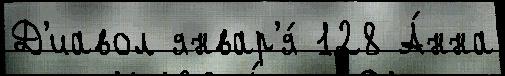
Д'иавол январ'я́ 128 А́нна